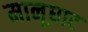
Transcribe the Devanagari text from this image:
मानूघाट